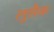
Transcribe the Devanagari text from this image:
लुसैक